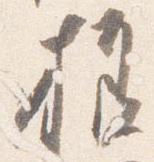
様